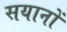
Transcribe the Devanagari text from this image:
सयानों